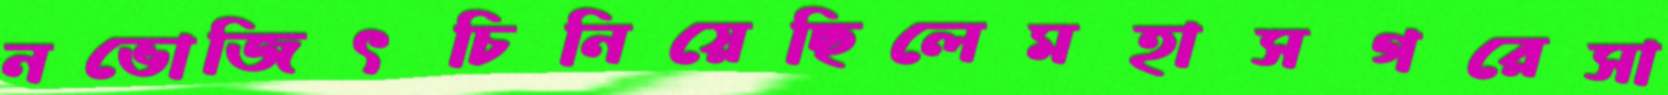
নভোজিৎচিনিয়েছিলেমহাসগরেসা